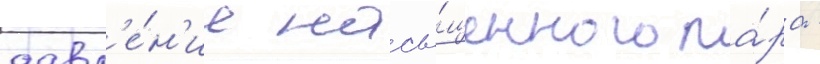
давл'е́н'ие насы́щенного па́ра -